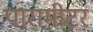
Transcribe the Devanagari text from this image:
पारामीटर